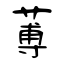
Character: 蒪